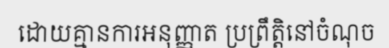
ដោយគ្មានការអនុញ្ញាត ប្រព្រឹត្តិនៅចំណុច